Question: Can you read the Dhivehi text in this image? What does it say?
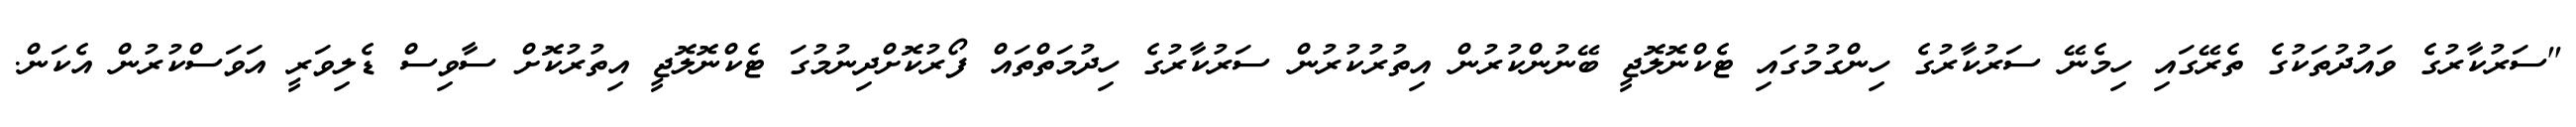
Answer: "ސަރުކާރުގެ ވައުދުތަކުގެ ތެރޭގައި ހިމެނޭ ސަރުކާރުގެ ހިންގުމުގައި ޓެކްނޮލޮޖީ ބޭނުންކުރުން އިތުރުކުރުން ސަރުކާރުގެ ހިދުމަތްތައް ފޯރުކޮށްދިނުމުގަ ޓެކްނޮލޮޖީ އިތުރުކޮށް ސާވިސް ޑެލިވަރީ އަވަސްކުރުން އެކަން.